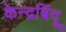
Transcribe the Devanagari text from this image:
केन्द्रबिंदू